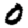
Digit: 0